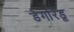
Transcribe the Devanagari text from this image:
डेगरिडू